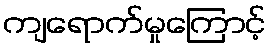
ကျရောက်မှုကြောင့်